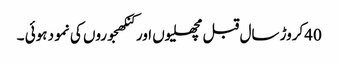
40کروڑ سال قبل مچھلیوں اور کنکھجوروں کی نمو د ہوئی ۔